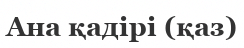
Ана қадірі (қаз)